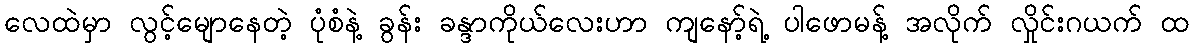
လေထဲမှာ လွင့်မျောနေတဲ့ ပုံစံနဲ့ ခွန်း ခန္ဒာကိုယ်လေးဟာ ကျနော့်ရဲ့ ပါဖောမန့် အလိုက် လှိုင်းဂယက် ထ